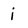
Character: i